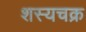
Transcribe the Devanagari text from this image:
शस्यचक्र